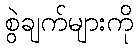
စွဲချက်များကို